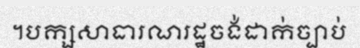
។បក្សសាធារណរដ្ឋចង់ដាក់ច្បាប់